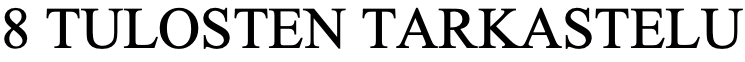
8 TULOSTEN  TARKASTELU